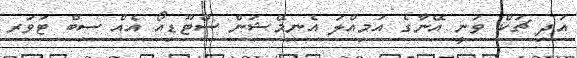
އަދި ޗަކް ވަނީ އޭނާގެ އަމިއްލަ އެނިމޭޝަން ސްޓޫޑިއޯ އެއް ސިބް ޓަވަރ